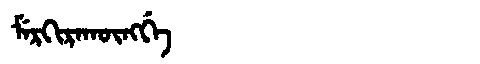
Manchu: ᠮᡝᡵᡴᡳᡵᠠᡴᡡᠩᡤᡝ
Romanization: MERKIRAKŪNGGE